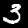
Digit: 3